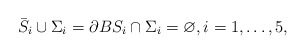
\begin{align*}\bar{S}_{i}\cup\Sigma_{i}=\partial BS_{i}\cap\Sigma_{i}=\varnothing,i=1,\ldots,5,\end{align*}